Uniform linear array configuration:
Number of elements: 12
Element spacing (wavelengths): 0.75
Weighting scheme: binomial
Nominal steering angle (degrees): -60
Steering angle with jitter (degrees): -58.585
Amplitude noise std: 0.05
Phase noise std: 0.05

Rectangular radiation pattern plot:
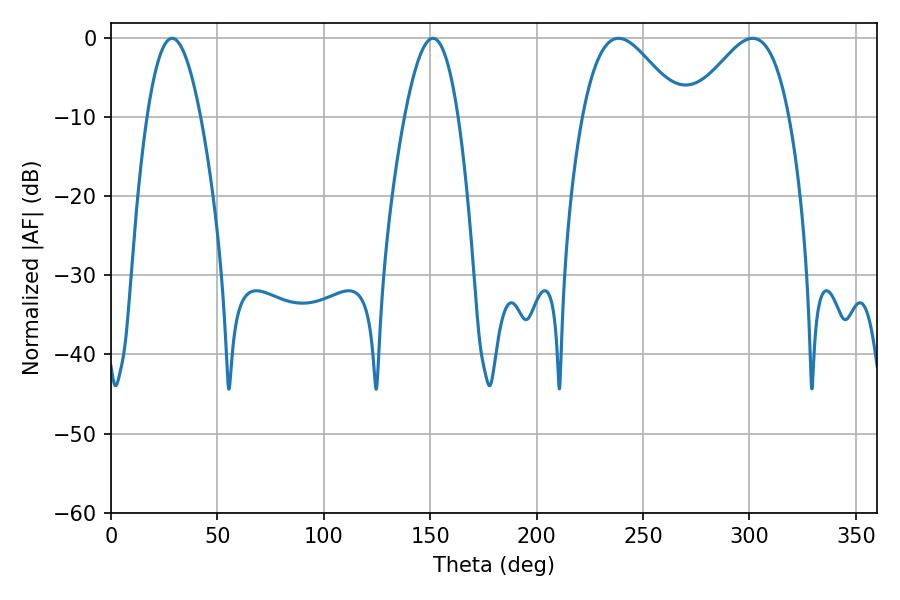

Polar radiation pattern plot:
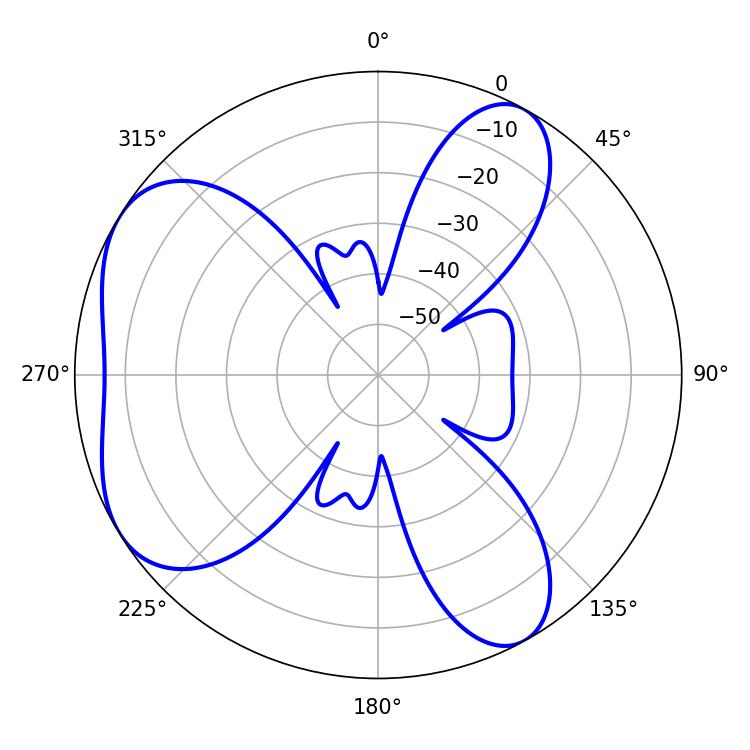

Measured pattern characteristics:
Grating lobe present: TRUE
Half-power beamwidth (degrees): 24.84
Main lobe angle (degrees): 238.5